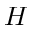
H